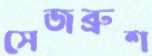
সেজব্রুশ